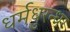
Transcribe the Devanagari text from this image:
धर्मधुरन्धर